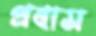
প্রবাস